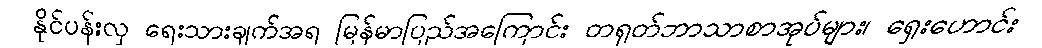
နိုင်ပန်းလှ ရေးသားချက်အရ မြန်မာပြည်အကြောင်း တရုတ်ဘာသာစာအုပ်များ၊ ရှေးဟောင်း